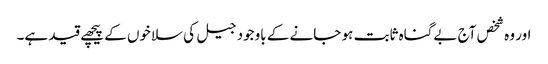
اور وہ شخص آج بےگناہ ثابت ہو جانے کے باوجود جیل کی سلاخوں کے پیچھے قید ہے۔